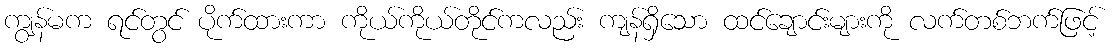
ကျွန်မက ရင်တွင် ပိုက်ထားကာ ကိုယ်ကိုယ်တိုင်ကလည်း ကျန်ရှိသော ထင်ချောင်းများကို လက်တစ်ဘက်ဖြင့်